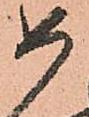
如